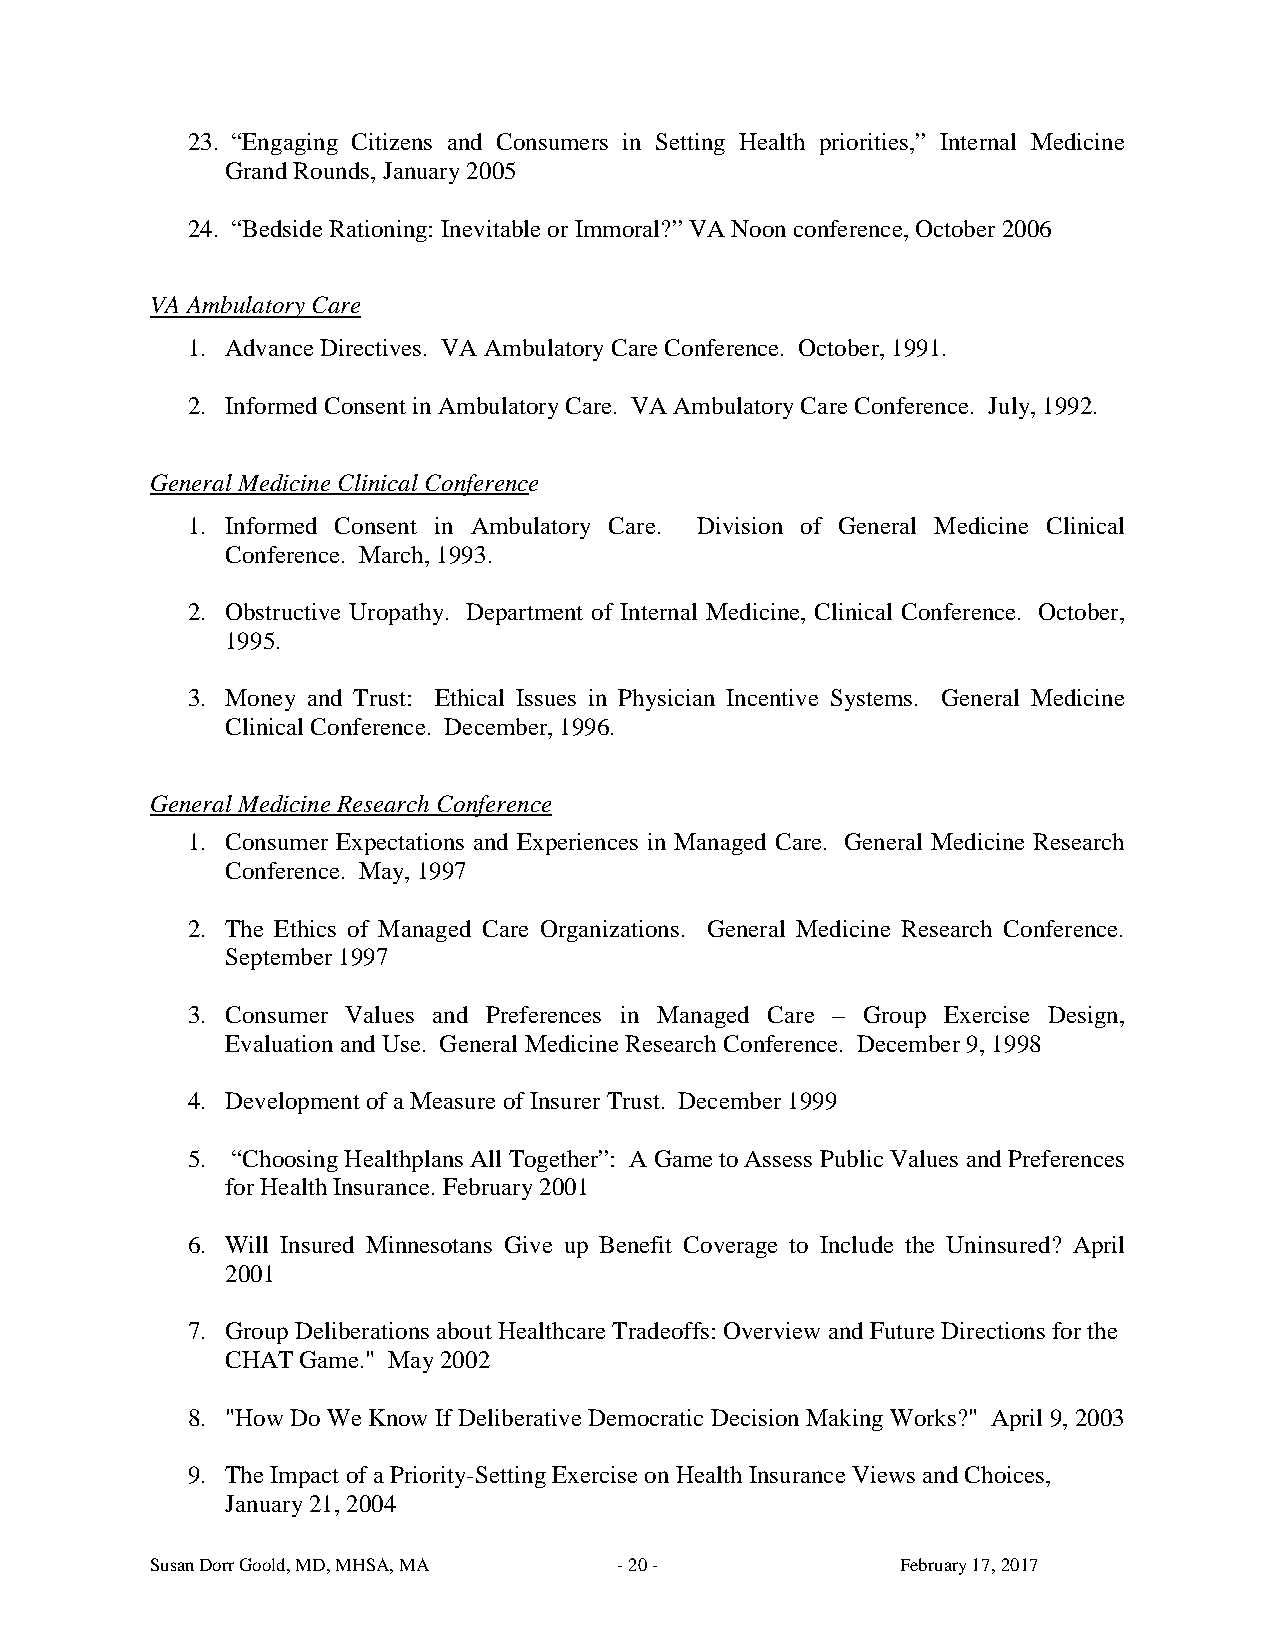
23. “Engaging Citizens and Consumers in Setting Health priorities,” Internal Medicine
 Grand Rounds, January 2005
 24. “Bedside Rationing: Inevitable or Immoral?” VA Noon conference, October 2006
 VA Ambulatory Care
 1. Advance Directives. VA Ambulatory Care Conference. October, 1991.
 2. Informed Consent in Ambulatory Care. VA Ambulatory Care Conference. July, 1992.
 General Medicine Clinical Conference
 1. Informed Consent in Ambulatory Care. Division of General Medicine Clinical
 Conference. March, 1993.
 2. Obstructive Uropathy. Department of Internal Medicine, Clinical Conference. October,
 1995.
 3. Money and Trust: Ethical Issues in Physician Incentive Systems. General Medicine
 Clinical Conference. December, 1996.
 General Medicine Research Conference
 1. Consumer Expectations and Experiences in Managed Care. General Medicine Research
 Conference. May, 1997
 2. The Ethics of Managed Care Organizations. General Medicine Research Conference.
 September 1997
 3. Consumer Values and Preferences in Managed Care – Group Exercise Design,
 Evaluation and Use. General Medicine Research Conference. December 9, 1998
 4. Development of a Measure of Insurer Trust. December 1999
 5. “Choosing Healthplans All Together”: A Game to Assess Public Values and Preferences
 for Health Insurance. February 2001
 6. Will Insured Minnesotans Give up Benefit Coverage to Include the Uninsured? April
 2001
 7. Group Deliberations about Healthcare Tradeoffs: Overview and Future Directions for the
 CHAT Game." May 2002
 8. "How Do We Know If Deliberative Democratic Decision Making Works?" April 9, 2003
 9. The Impact of a Priority-Setting Exercise on Health Insurance Views and Choices,
 January 21, 2004
 Susan Dorr Goold, MD, MHSA, MA - 20 -             February 17, 2017